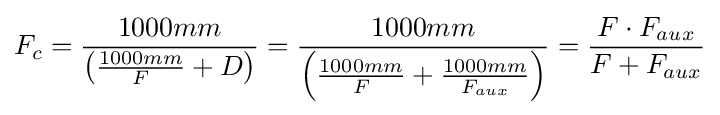
F_{c}={\frac {1000mm}{\left({\frac {1000mm}{F}}+D\right)}}={\frac {1000mm}{\left({\frac {1000mm}{F}}+{\frac {1000mm}{F_{aux}}}\right)}}={\frac {F\cdot F_{aux}}{F+F_{aux}}}